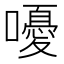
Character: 嚘